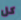
كل